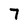
Character: 7